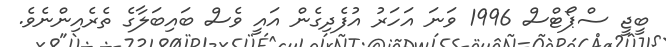
ބީޖީ ސްޕޯޓްސް 1996 ވަނަ އަހަރު އުފެދިގެން އައީ ވެސް ބައިބަލާގެ ތެރެއިންނެވެ.